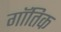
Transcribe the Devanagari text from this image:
गॉतिक